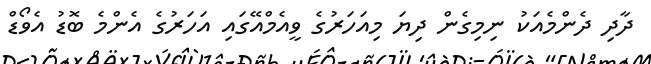
ދާދި ދެންމެއަކު ނިމިގެން ދިޔަ މިއަހަރުގެ ވީއެމްއޭގައި އަހަރުގެ އެންމެ ބޮޑު އެވޯޑް